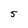
Character: 5